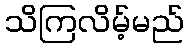
သိကြလိမ့်မည်